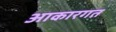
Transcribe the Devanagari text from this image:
आकारगत